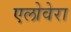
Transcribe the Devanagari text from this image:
एलोवेरा